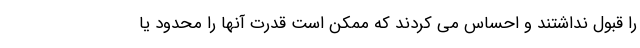
را قبول نداشتند و احساس می کردند که ممکن است قدرت آنها را محدود یا